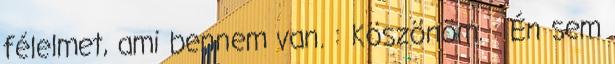
félelmet, ami bennem van. : Köszönöm. : Én sem